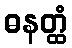
ဓနတ္ထံ